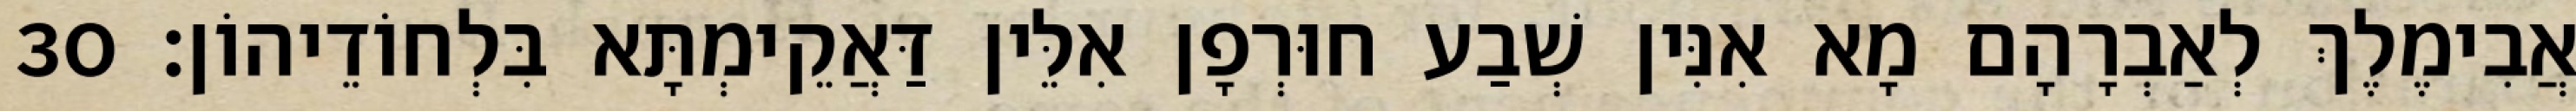
אֲבִימֶלֶךְ לְאַבְרָהָם מָא אִנִּין שְׁבַע חוּרְפָן אִלֵּין דַּאֲקֵימְתָּא בִּלְחוֹדֵיהוֹן׃ 30